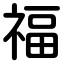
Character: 福